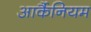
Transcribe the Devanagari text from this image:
आर्कैनियम